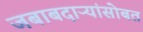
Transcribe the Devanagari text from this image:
जबाबदाऱ्यांसोबत